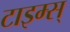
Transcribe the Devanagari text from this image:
टाइम्स्